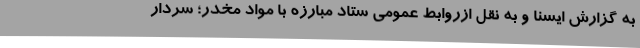
به گزارش ایسنا و به نقل ازروابط عمومی ستاد مبارزه با مواد مخدر؛ سردار